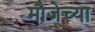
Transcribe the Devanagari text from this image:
मौजेच्या